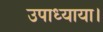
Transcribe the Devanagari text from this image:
उपाध्याया।